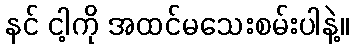
နင် ငါ့ကို အထင်မသေးစမ်းပါနဲ့။